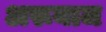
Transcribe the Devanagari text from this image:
अरूयाज